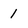
Character: 1